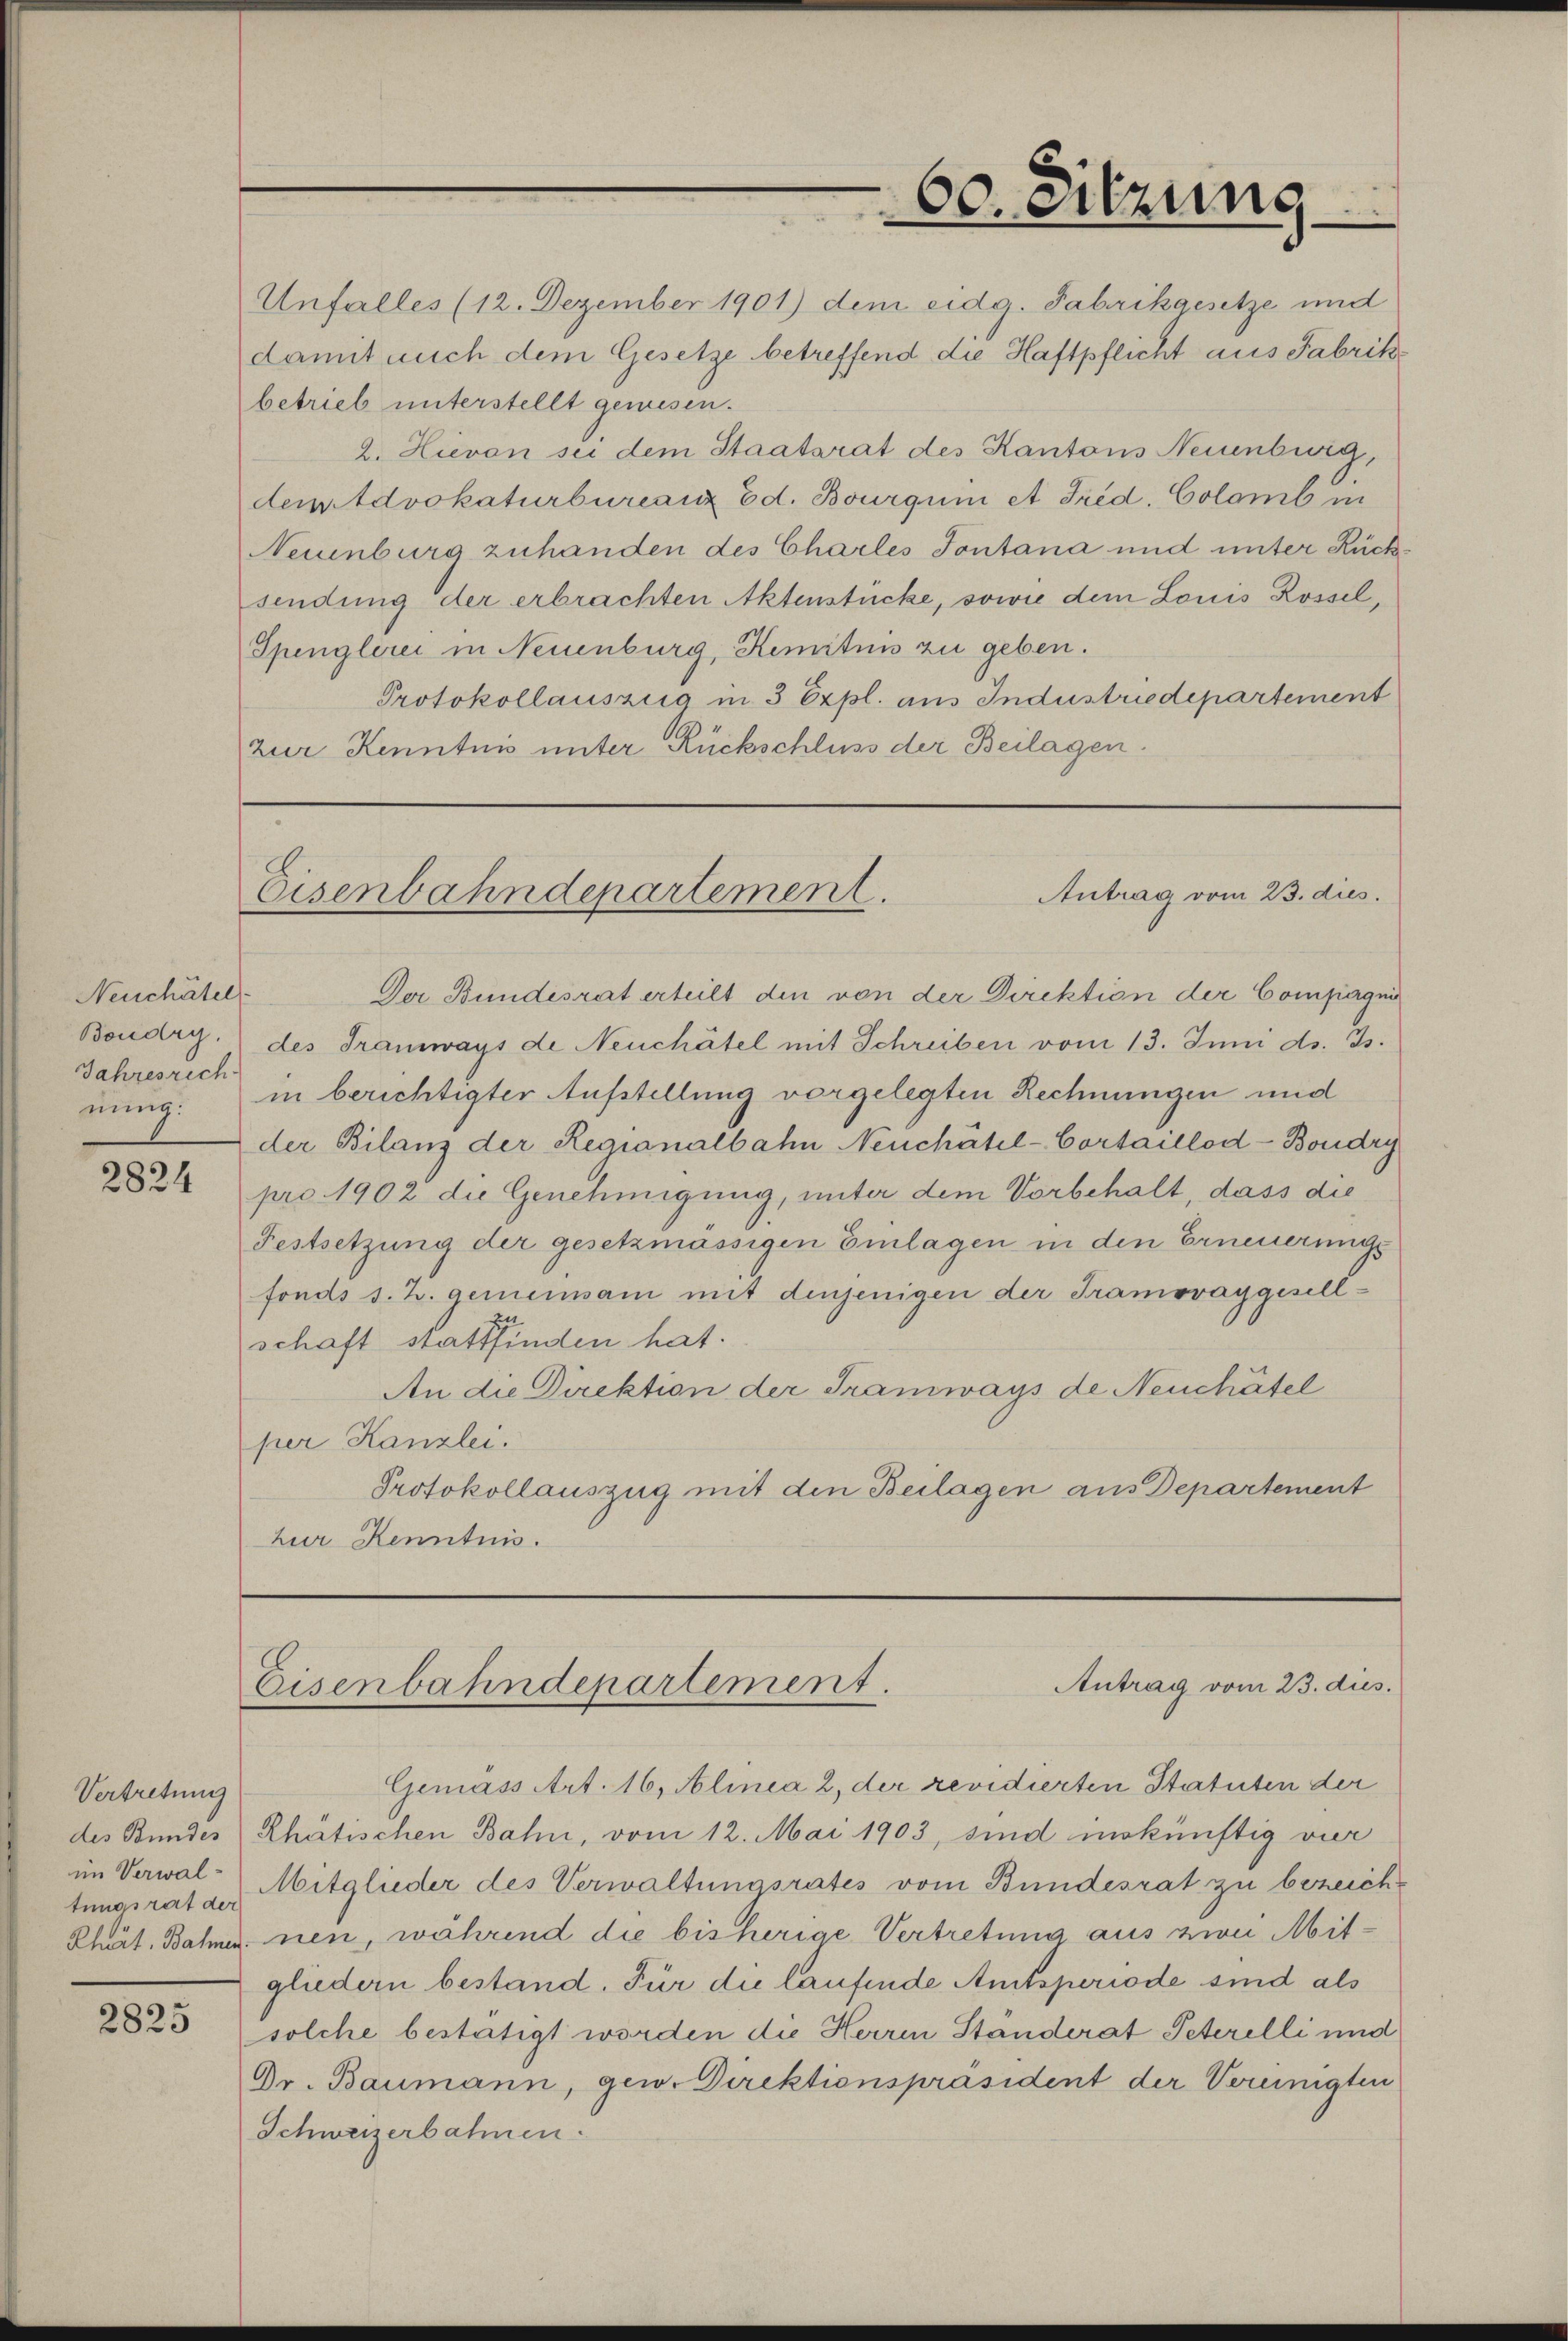
Neuchâtel
Boudry,
Jahresrech
nung.

2824

Vertretung
des Bundes
im Verwaltungsrat der

2825

Unfalles (12. Dezember 1901) dem eidg. Fabrikgesetze und
damit auch dem Gesetze betreffend die Haftpflicht aus Fabrike
betrieb unterstellt gewesen.
2. Hievon sei dem Staatsrat des Kantons Neuenburg,
deudvokaturburanz Ed. Bourquin et Frid. Colomb in
Neuenburg zuhanden des Charles Fontana und unter Rücksendung der erbrachten Aktenstücke, sowie dem Louis Rossel,
Spenglerei in Neuenburg, Kemitnis zu geben.
Protokollauszeig in 3 Expl. aus Industriedepartement
zur Kenntnis unter Rückschluss der Beilagen.

60. eilzung

Antrag vom 23. dies.
Eisenbahndepartement.

Der Bundesrat erteilt den von der Direktion der Compagni
des Tramways de Neuchâtel mit Schreiben vom 13. Juni d. Js.
in berichtigter Aufstellung vorgelegten Rechnungen und
der Bilanz der Regionalbahn Neuchâtel-Cortaillod-Boudry
pro. 1902 die Genehmigung, unter dem Vorbehalt, dass die
Festsetzung der gesetzmässigen Einlagen in den Erneuerungs
fonds s. Z. gemeinsam mit denjenigen der Tramovaygesellschaft stattfinden hat.
An die Direktion der Tramways de Neuchâtel
per Kanzlei.
Protokollauszug mit den Beilagen aus Departement
Zur Kenntnis.

Antrag vom 23. dies.
Eisenbahndepartement.

Gemäss Art. 16, Alinea 2, der revidierten Statuten der
Rhatischen Bahn, vom 12. Mai 1903, sind mokünftig vier
Mitglieder des Verwaltungsrates vom Bundesrat zu bezeich¬
Rhut. Bahnen nen, während die bisherige Vertretung aus von Mitgliedern bestand. Für die laufende Amtsperiode sind als
solche bestätigt worden die Herren Ständerat Peterelli und
Dr. Baumann, gew. Direktionspräsident der Vereinigten
Schweizerbahnen.